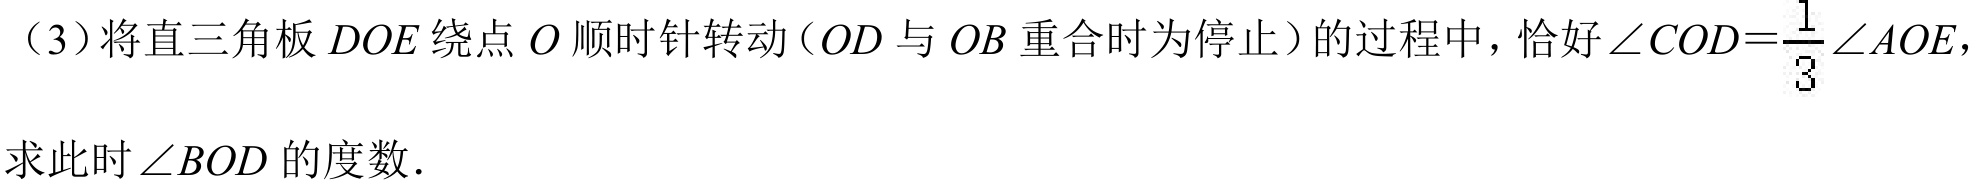
（3）将直三角板 \(DOE\) 绕点 \(O\) 顺时针转动（\(OD\) 与 \(OB\) 重合时为停止）的过程中，恰好 \(\angle COD = \frac{1}{3}\angle AOE\)，
求此时 \(\angle BOD\) 的度数．